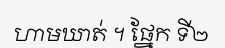
ហាមឃាត់ ។ ផ្នែក ទី២